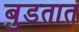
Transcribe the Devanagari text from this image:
बुडतात